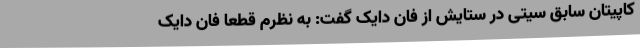
کاپیتان سابق سیتی در ستایش از فان دایک گفت: به نظرم قطعا فان دایک